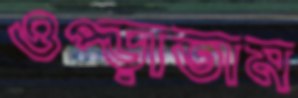
ওপ্‌ড়াতাম